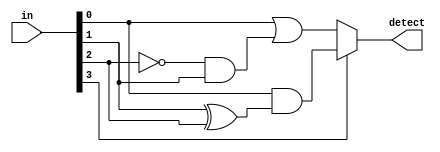
// Write a verilog code to detect N-bit prime number

module prime_number_detector #(parameter N = 4)(
    input [N-1:0] in,
    output detect
    );
    
    // using coditional (ternary operator)
    assign detect = in[3] ? ( in[0] & (in[1] ^ in[2])) : ( in[0] | (~in[2] & in[1]));
endmodule